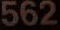
562